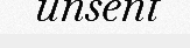
unsent